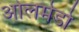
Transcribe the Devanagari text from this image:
ओलमेडो